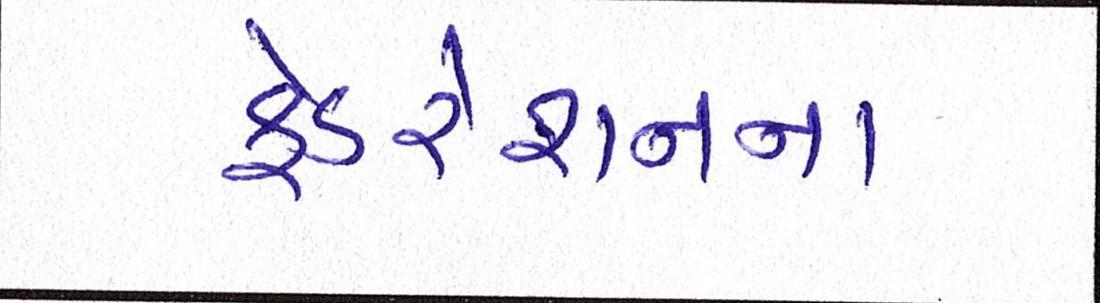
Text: ફેડરેશનના